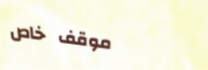
موقف خاص